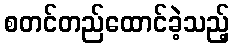
စတင်တည်ထောင်ခဲ့သည့်